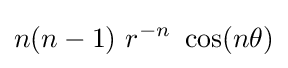
n(n-1)~r^{-n}~\cos(n\theta )